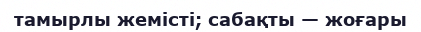
тамырлы жемісті; сабақты — жоғары